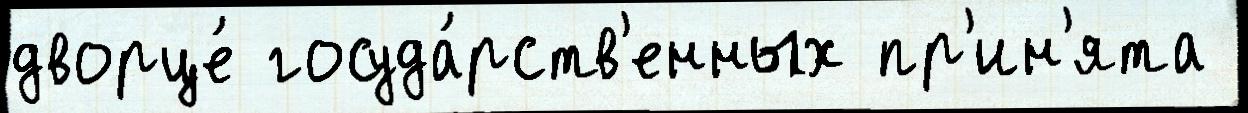
дворце́ госуда́рств'енных пр'ин'ята